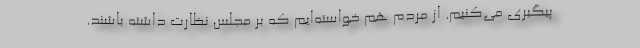
پیگیری می‌کنیم. از مردم هم خواسته‌ایم که بر مجلس نظارت داشته باشند.